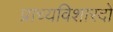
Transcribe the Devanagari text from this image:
प्राच्यविशारदों